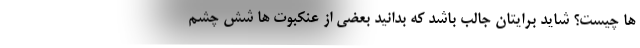
ها چیست؟ شاید برایتان جالب باشد که بدانید بعضی از عنکبوت ها شش چشم